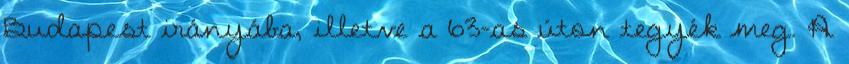
Budapest irányába, illetve a 63-as úton tegyék meg. A